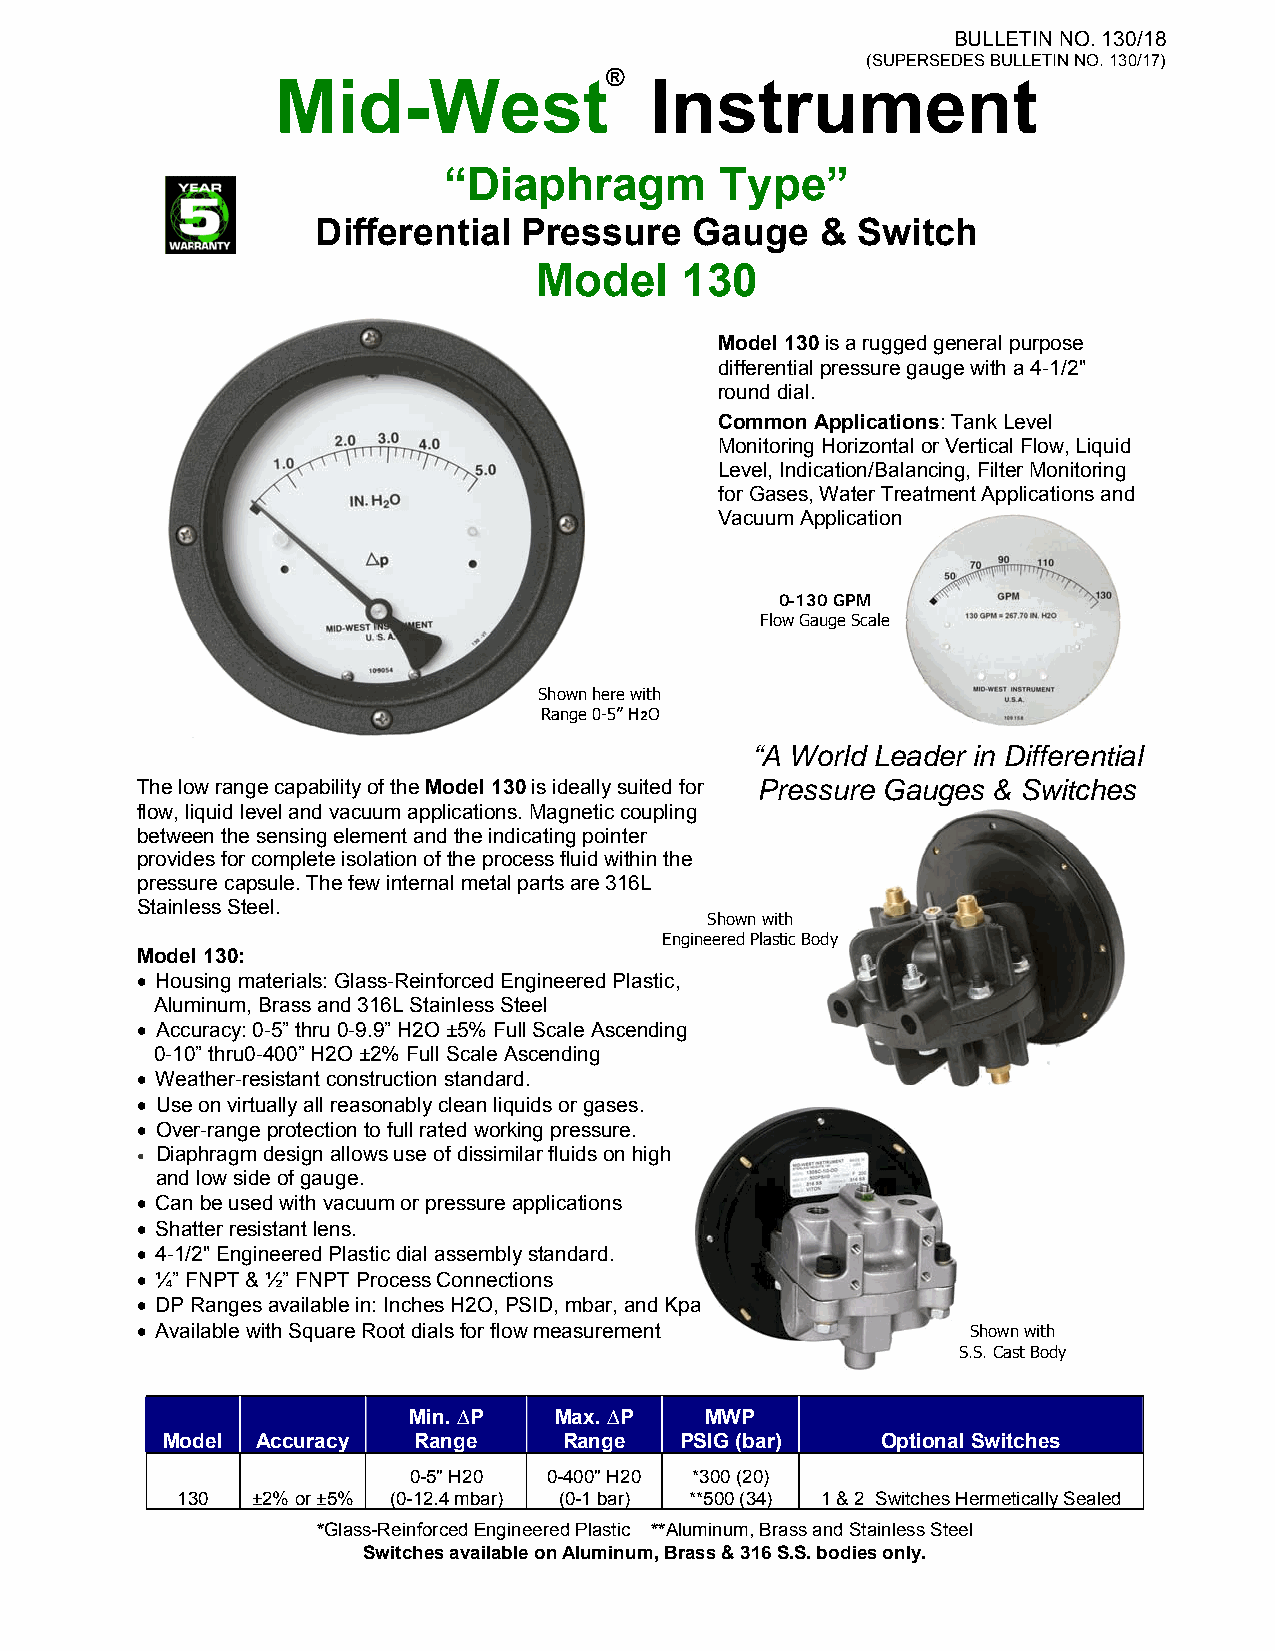
BULLETIN NO. 130/18
 (SUPERSEDES BULLETIN NO. 130/17)
 ®
 Mid-West                 Instrument
 “Diaphragm         Type”
 Differential  Pressure   Gauge   &  Switch
 Model     130
 Model 130 is a rugged general purpose
 differential pressure gauge with a 4-1/2"
 round dial.
 Common Applications: Tank Level
 Monitoring Horizontal or Vertical Flow, Liquid
 Level, Indication/Balancing, Filter Monitoring
 for Gases, Water Treatment Applications and
 Vacuum Application
 0-130 GPM
 Flow Gauge Scale
 Shown here with
 Range 0-5” H2O
 “A World Leader in Differential
 The low range capability of the Model 130 is ideally suited for Pressure Gauges & Switches
 flow, liquid level and vacuum applications. Magnetic coupling
 between the sensing element and the indicating pointer
 provides for complete isolation of the process fluid within the
 pressure capsule. The few internal metal parts are 316L
 Stainless Steel.
 Shown with
 Engineered Plastic Body
 Model 130:
 • Housing materials: Glass-Reinforced Engineered Plastic,
 Aluminum, Brass and 316L Stainless Steel
 • Accuracy: 0-5” thru 0-9.9” H2O ±5% Full Scale Ascending
 0-10” thru0-400” H2O ±2% Full Scale Ascending
 • Weather-resistant construction standard.
 • Use on virtually all reasonably clean liquids or gases.
 • Over-range protection to full rated working pressure.
 • Diaphragm design allows use of dissimilar fluids on high
 and low side of gauge.
 • Can be used with vacuum or pressure applications
 • Shatter resistant lens.
 • 4-1/2" Engineered Plastic dial assembly standard.
 • ¼” FNPT & ½” FNPT Process Connections
 • DP Ranges available in: Inches H2O, PSID, mbar, and Kpa
 • Available with Square Root dials for flow measurement Shown with
 S.S. Cast Body
 Min. ∆P   Max. ∆P   MWP
 Model Accuracy  Range     Range   PSIG (bar)   Optional Switches
 0-5" H20 0-400" H20 *300 (20)
 130  ±2% or ±5% (0-12.4 mbar) (0-1 bar) **500 (34) 1 & 2 Switches Hermetically Sealed
 *Glass-Reinforced Engineered Plastic **Aluminum, Brass and Stainless Steel
 Switches available on Aluminum, Brass & 316 S.S. bodies only.